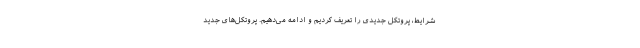
شرایط، پروتکل‌ جدیدی را تعریف کردیم و ادامه‌ می‌دهیم. پروتکل‌های جدید